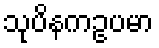
သုပိနကဥပမာ